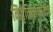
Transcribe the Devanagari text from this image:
निवृत्तिनाथांनीच